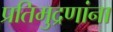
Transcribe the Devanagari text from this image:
प्रतिमुद्रणांना